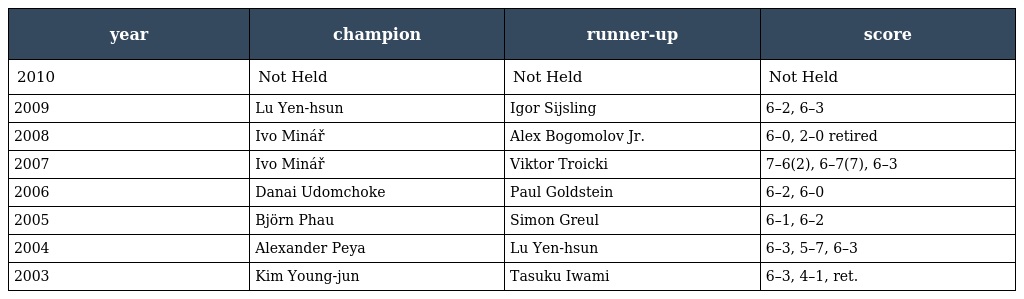
| year | champion | runner-up | score |
 | --- | --- | --- | --- |
 | 2010 | Not Held | Not Held | Not Held |
 | 2009 | Lu Yen-hsun | Igor Sijsling | 6–2, 6–3 |
 | 2008 | Ivo Minář | Alex Bogomolov Jr. | 6–0, 2–0 retired |
 | 2007 | Ivo Minář | Viktor Troicki | 7–6(2), 6–7(7), 6–3 |
 | 2006 | Danai Udomchoke | Paul Goldstein | 6–2, 6–0 |
 | 2005 | Björn Phau | Simon Greul | 6–1, 6–2 |
 | 2004 | Alexander Peya | Lu Yen-hsun | 6–3, 5–7, 6–3 |
 | 2003 | Kim Young-jun | Tasuku Iwami | 6–3, 4–1, ret. |